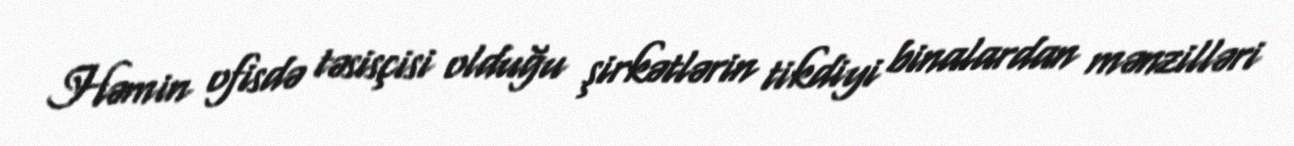
Həmin ofisdə təsisçisi olduğu şirkətlərin tikdiyi binalardan mənzilləri